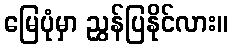
မြေပုံမှာ ညွှန်ပြနိုင်လား။